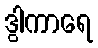
ဒွါကာရေ